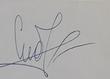
Signature authenticity: genuine